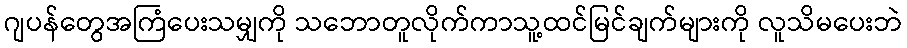
ဂျပန်တွေအကြံပေးသမျှကို သဘောတူလိုက်ကာသူ့ထင်မြင်ချက်များကို လူသိမပေးဘဲ